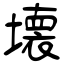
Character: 壊